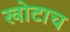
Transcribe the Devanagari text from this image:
खोटाच